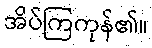
အိပ်ကြကုန်၏။